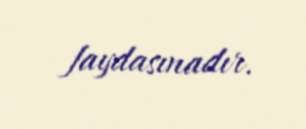
faydasınadır.